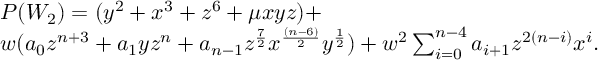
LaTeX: \begin{array} { l c r } { { P ( W _ { 2 } ) = ( y ^ { 2 } + x ^ { 3 } + z ^ { 6 } + \mu x y z ) + } } \\ { { w ( a _ { 0 } z ^ { n + 3 } + a _ { 1 } y z ^ { n } + a _ { n - 1 } z ^ { { \frac { 7 } { 2 } } } x ^ { { \frac { ( n - 6 ) } { 2 } } } y ^ { { \frac { 1 } { 2 } } } ) + w ^ { 2 } \sum _ { i = 0 } ^ { n - 4 } a _ { i + 1 } z ^ { 2 ( n - i ) } x ^ { i } . } } \end{array}